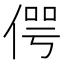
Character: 偔